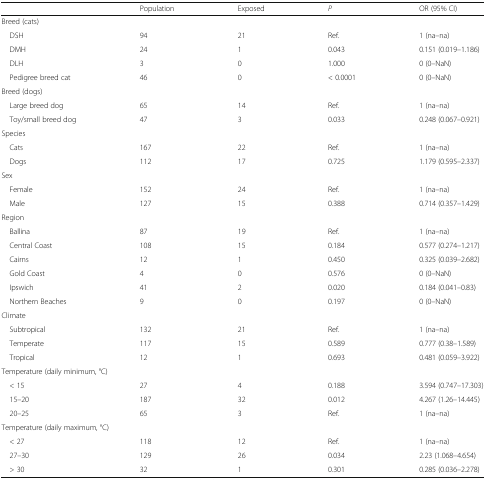
<table><thead><tr><td></td><td><b>Population</b></td><td><b>Exposed</b></td><td><b><i>P</i></b></td><td><b>OR (95% CI)</b></td></tr></thead><tbody><tr><td colspan="5">Breed (cats)</td></tr><tr><td> DSH</td><td>94</td><td>21</td><td>Ref.</td><td>1 (na–na)</td></tr><tr><td> DMH</td><td>24</td><td>1</td><td>0.043</td><td>0.151 (0.019–1.186)</td></tr><tr><td> DLH</td><td>3</td><td>0</td><td>1.000</td><td>0 (0–NaN)</td></tr><tr><td> Pedigree breed cat</td><td>46</td><td>0</td><td>&lt; 0.0001</td><td>0 (0–NaN)</td></tr><tr><td colspan="5">Breed (dogs)</td></tr><tr><td> Large breed dog</td><td>65</td><td>14</td><td>Ref.</td><td>1 (na–na)</td></tr><tr><td> Toy/small breed dog</td><td>47</td><td>3</td><td>0.033</td><td>0.248 (0.067–0.921)</td></tr><tr><td colspan="5">Species</td></tr><tr><td> Cats</td><td>167</td><td>22</td><td>Ref.</td><td>1 (na–na)</td></tr><tr><td> Dogs</td><td>112</td><td>17</td><td>0.725</td><td>1.179 (0.595–2.337)</td></tr><tr><td colspan="5">Sex</td></tr><tr><td> Female</td><td>152</td><td>24</td><td>Ref.</td><td>1 (na–na)</td></tr><tr><td> Male</td><td>127</td><td>15</td><td>0.388</td><td>0.714 (0.357–1.429)</td></tr><tr><td colspan="5">Region</td></tr><tr><td> Ballina</td><td>87</td><td>19</td><td>Ref.</td><td>1 (na–na)</td></tr><tr><td> Central Coast</td><td>108</td><td>15</td><td>0.184</td><td>0.577 (0.274–1.217)</td></tr><tr><td> Cairns</td><td>12</td><td>1</td><td>0.450</td><td>0.325 (0.039–2.682)</td></tr><tr><td> Gold Coast</td><td>4</td><td>0</td><td>0.576</td><td>0 (0–NaN)</td></tr><tr><td> Ipswich</td><td>41</td><td>2</td><td>0.020</td><td>0.184 (0.041–0.83)</td></tr><tr><td> Northern Beaches</td><td>9</td><td>0</td><td>0.197</td><td>0 (0–NaN)</td></tr><tr><td colspan="5">Climate</td></tr><tr><td> Subtropical</td><td>132</td><td>21</td><td>Ref.</td><td>1 (na–na)</td></tr><tr><td> Temperate</td><td>117</td><td>15</td><td>0.589</td><td>0.777 (0.38–1.589)</td></tr><tr><td> Tropical</td><td>12</td><td>1</td><td>0.693</td><td>0.481 (0.059–3.922)</td></tr><tr><td colspan="5">Temperature (daily minimum, °C)</td></tr><tr><td> &lt; 15</td><td>27</td><td>4</td><td>0.188</td><td>3.594 (0.747–17.303)</td></tr><tr><td> 15–20</td><td>187</td><td>32</td><td>0.012</td><td>4.267 (1.26–14.445)</td></tr><tr><td> 20–25</td><td>65</td><td>3</td><td>Ref.</td><td>1 (na–na)</td></tr><tr><td colspan="5">Temperature (daily maximum, °C)</td></tr><tr><td> &lt; 27</td><td>118</td><td>12</td><td>Ref.</td><td>1 (na–na)</td></tr><tr><td> 27–30</td><td>129</td><td>26</td><td>0.034</td><td>2.23 (1.068–4.654)</td></tr><tr><td> &gt; 30</td><td>32</td><td>1</td><td>0.301</td><td>0.285 (0.036–2.278)</td></tr></tbody></table>